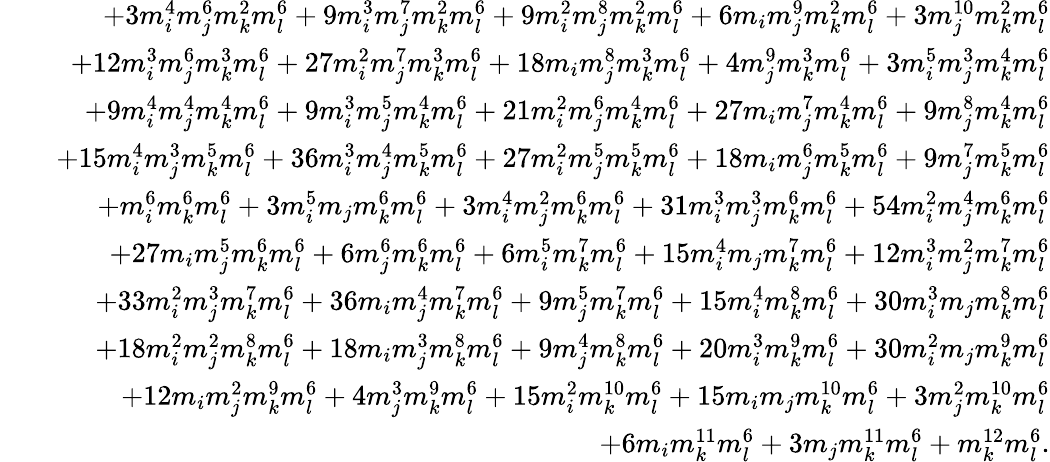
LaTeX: \begin{array}{rlr}&{}&{+3m_{i}^{4}m_{j}^{6}m_{k}^{2}m_{l}^{6}+9m_{i}^{3}m_{j}^{7}m_{k}^{2}m_{l}^{6}+9m_{i}^{2}m_{j}^{8}m_{k}^{2}m_{l}^{6}+6m_{i}m_{j}^{9}m_{k}^{2}m_{l}^{6}+3m_{j}^{10}m_{k}^{2}m_{l}^{6}}\\ &{}&{+12m_{i}^{3}m_{j}^{6}m_{k}^{3}m_{l}^{6}+27m_{i}^{2}m_{j}^{7}m_{k}^{3}m_{l}^{6}+18m_{i}m_{j}^{8}m_{k}^{3}m_{l}^{6}+4m_{j}^{9}m_{k}^{3}m_{l}^{6}+3m_{i}^{5}m_{j}^{3}m_{k}^{4}m_{l}^{6}}\\ &{}&{+9m_{i}^{4}m_{j}^{4}m_{k}^{4}m_{l}^{6}+9m_{i}^{3}m_{j}^{5}m_{k}^{4}m_{l}^{6}+21m_{i}^{2}m_{j}^{6}m_{k}^{4}m_{l}^{6}+27m_{i}m_{j}^{7}m_{k}^{4}m_{l}^{6}+9m_{j}^{8}m_{k}^{4}m_{l}^{6}}\\ &{}&{+15m_{i}^{4}m_{j}^{3}m_{k}^{5}m_{l}^{6}+36m_{i}^{3}m_{j}^{4}m_{k}^{5}m_{l}^{6}+27m_{i}^{2}m_{j}^{5}m_{k}^{5}m_{l}^{6}+18m_{i}m_{j}^{6}m_{k}^{5}m_{l}^{6}+9m_{j}^{7}m_{k}^{5}m_{l}^{6}}\\ &{}&{+m_{i}^{6}m_{k}^{6}m_{l}^{6}+3m_{i}^{5}m_{j}m_{k}^{6}m_{l}^{6}+3m_{i}^{4}m_{j}^{2}m_{k}^{6}m_{l}^{6}+31m_{i}^{3}m_{j}^{3}m_{k}^{6}m_{l}^{6}+54m_{i}^{2}m_{j}^{4}m_{k}^{6}m_{l}^{6}}\\ &{}&{+27m_{i}m_{j}^{5}m_{k}^{6}m_{l}^{6}+6m_{j}^{6}m_{k}^{6}m_{l}^{6}+6m_{i}^{5}m_{k}^{7}m_{l}^{6}+15m_{i}^{4}m_{j}m_{k}^{7}m_{l}^{6}+12m_{i}^{3}m_{j}^{2}m_{k}^{7}m_{l}^{6}}\\ &{}&{+33m_{i}^{2}m_{j}^{3}m_{k}^{7}m_{l}^{6}+36m_{i}m_{j}^{4}m_{k}^{7}m_{l}^{6}+9m_{j}^{5}m_{k}^{7}m_{l}^{6}+15m_{i}^{4}m_{k}^{8}m_{l}^{6}+30m_{i}^{3}m_{j}m_{k}^{8}m_{l}^{6}}\\ &{}&{+18m_{i}^{2}m_{j}^{2}m_{k}^{8}m_{l}^{6}+18m_{i}m_{j}^{3}m_{k}^{8}m_{l}^{6}+9m_{j}^{4}m_{k}^{8}m_{l}^{6}+20m_{i}^{3}m_{k}^{9}m_{l}^{6}+30m_{i}^{2}m_{j}m_{k}^{9}m_{l}^{6}}\\ &{}&{+12m_{i}m_{j}^{2}m_{k}^{9}m_{l}^{6}+4m_{j}^{3}m_{k}^{9}m_{l}^{6}+15m_{i}^{2}m_{k}^{10}m_{l}^{6}+15m_{i}m_{j}m_{k}^{10}m_{l}^{6}+3m_{j}^{2}m_{k}^{10}m_{l}^{6}}\\ &{}&{+6m_{i}m_{k}^{11}m_{l}^{6}+3m_{j}m_{k}^{11}m_{l}^{6}+m_{k}^{12}m_{l}^{6}.}\end{array}